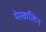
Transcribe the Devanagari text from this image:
मेस्कलिन